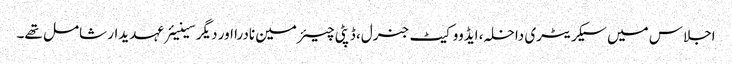
اجلاس میں سیکریٹری داخلہ، ایڈووکیٹ جنرل، ڈپٹی چیئرمین نادرا اور دیگر سینیئرعہدیدار شامل تھے۔